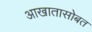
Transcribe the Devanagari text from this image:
आखातासोबत